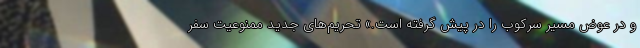
و در عوض مسیر سرکوب را در پیش گرفته است.» تحریم‌های جدید ممنوعیت سفر